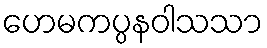
ဟေမကပ္ပနဝါသသာ